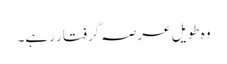
وہ طویل عرصہ گرفتار رہے۔